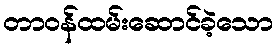
တာဝန်ထမ်းဆောင်ခဲ့သော